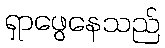
ရှာဖွေနေသည်